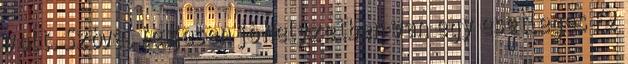
volt. Szóval teljesen jó helyzetben van egy esetleges F2